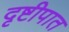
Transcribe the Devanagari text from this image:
दृष्टीपात